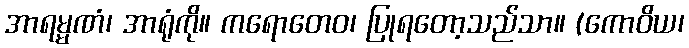
အာရမ္မဏံ၊ အာရုံကို။ ကရောတေဝ၊ ပြုရတော့သည်သာ။ (ကောဝိယ၊